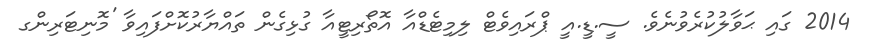
2014 ގައި ޙަވާލުކުރެވުނެވެ. ސީ.ޑީ.އީ ޕްރައިވެޓް ލިމިޓެޑްއާ އޮތޯރިޓީއާ ގުޅިގެން ތައްޔާރުކޮށްފައިވާ 'މޮނިޓަރިންގ